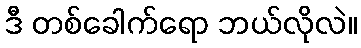
ဒီ တစ်ခေါက်ရော ဘယ်လိုလဲ။